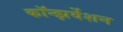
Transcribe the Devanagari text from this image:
कॉन्झर्वेशन